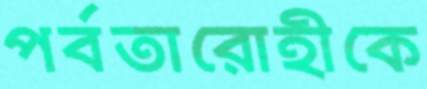
পর্বতারোহীকে